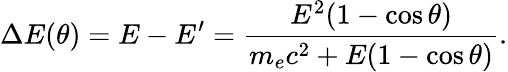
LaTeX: \Delta E(\theta)=E-E^{\prime}=\frac{E^{2}(1-\cos\theta)}{m_{e}c^{2}+E(1-\cos\theta)}.